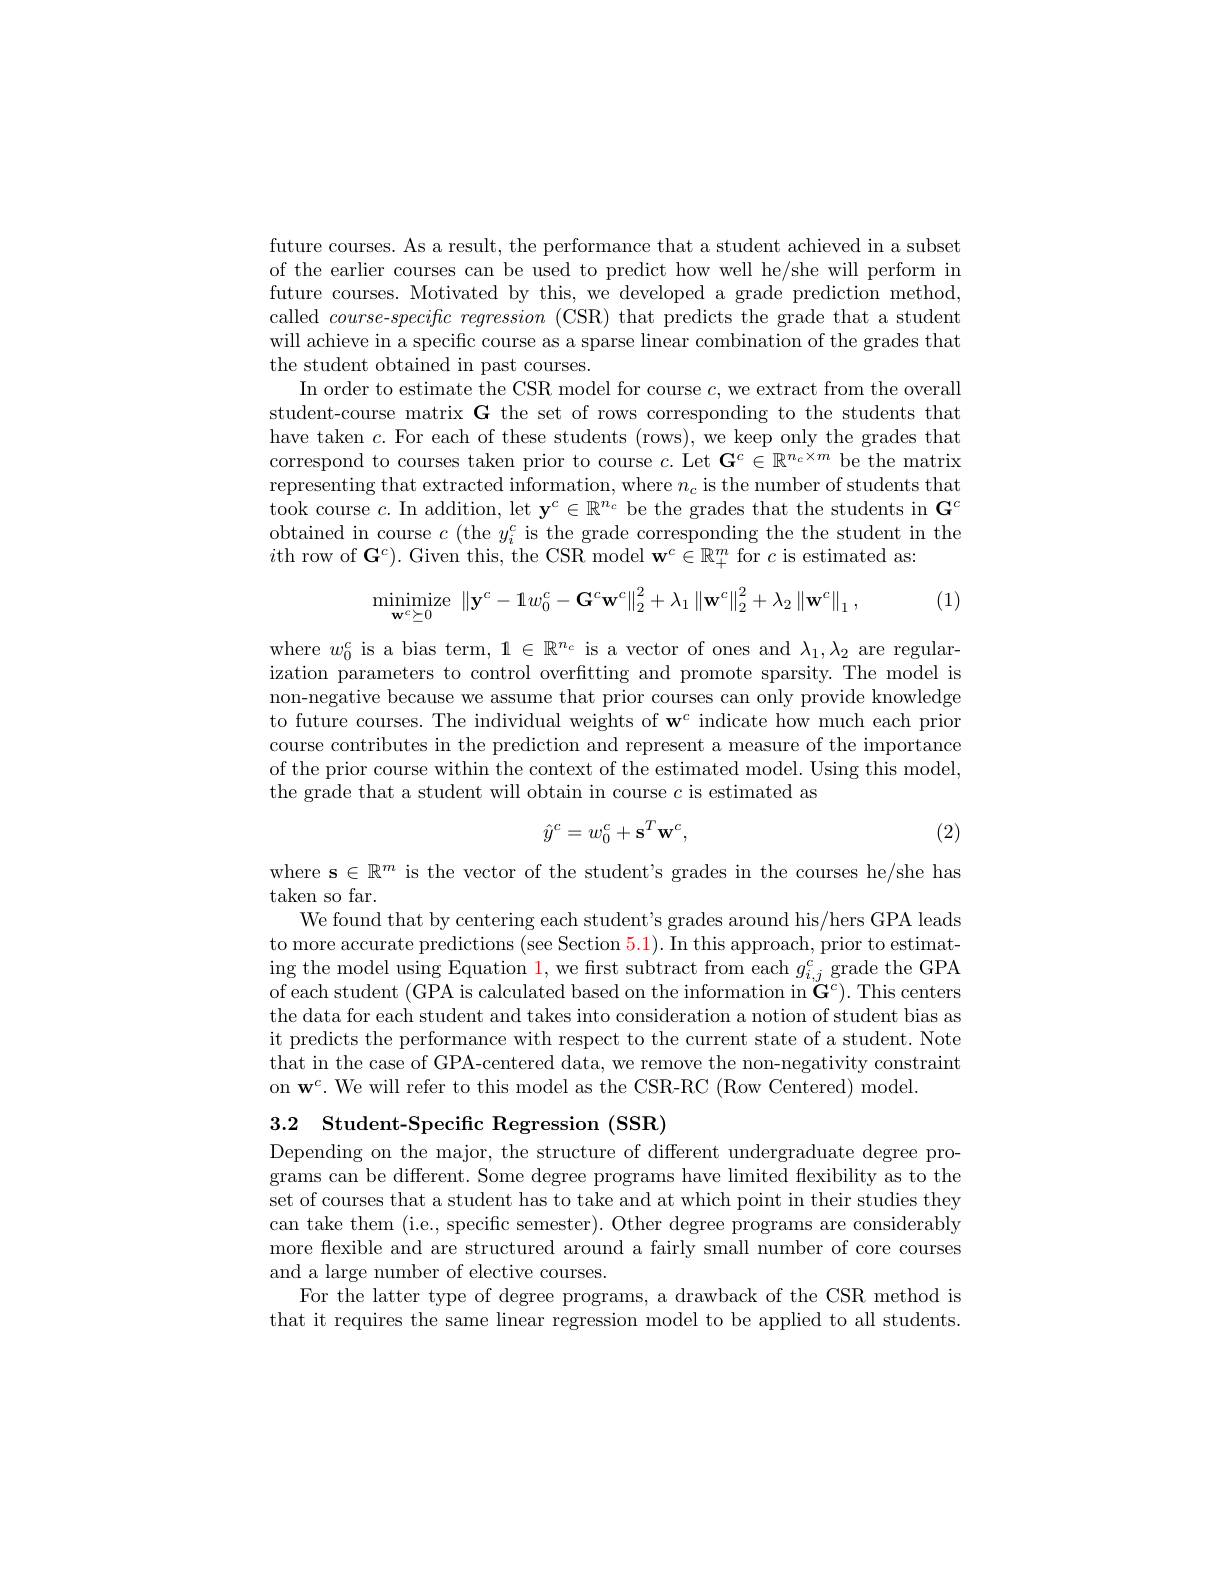
future courses. As a result, the performance that a student achieved in a subset of the earlier courses can be used to predict how well he/she will perform in future courses. Motivated by this, we developed a grade prediction method, called course--$specific\textit{ regression ( CSR) that predicts the grade that a student}$ will achieve in a specific course as a sparse linear combination of the grades that the student obtained in past courses.
In order to estimate the CSR model for course $c$,we extract from the overall student-course matrix G the set of rows corresponding to the students that have taken $c.$ For each of these students (rows), we keep only the grades that correspond to courses taken prior to course $c.$ Let $\mathbf{G}^c\in\mathbb{R}^{n_c\times m}$ be the matrix representing that extracted information, where $n_c$ is the number of students that took course $c.$ In addition, let $\mathbf{y}^{c}\in\mathbb{R}^{n_{c}}$ be the grades that the students in G$^{c}$ obtained in course $c$ ( the $y_{i}^{c}$ is the grade corresponding the the student in the $i$th row of $\mathbf{G}^{c}).$ Given this, the CSR model $\mathbf{w}^{c}\in\mathbb{R}_{+}^{m}$ for $c$ is estimated as:
$$\mathrm{minimize}\:\left\|\mathbf{y}^{c}-\mathbb{1}w_{0}^{c}-\mathbf{G}^{c}\mathbf{w}^{c}\right\|_{2}^{2}+\lambda_{1}\left\|\mathbf{w}^{c}\right\|_{2}^{2}+\lambda_{2}\left\|\mathbf{w}^{c}\right\|_{1},$$
(1)

where $w_0^{c}$ is a bias term, $1\in\mathbb{R}^{n_{c}}$ is a vector of ones and $\lambda_1,\lambda_2$ are regularization parameters to control overfitting and promote sparsity. The model is non-negative because we assume that prior courses can only provide knowledge to future courses. The individual weights of w$^c$ indicate how much each prior course contributes in the prediction and represent a measure of the importance of the prior course within the context of the estimated model. Using this model, the grade that a student will obtain in course $c$ is estimated as
$$\hat{y}^c=w_0^c+\mathbf{s}^T\mathbf{w}^c,$$
(2)

where s$\in\mathbb{R}^m$ is the vector of the student's grades in the courses he/she has

taken so far.
We found that by centering each student's grades around his/hers GPA leads to more accurate predictions (see Section 5.1). In this approach, prior to estimat- $\operatorname{ing}$ the model using Equation 1,we first subtract from each $g_i,j^c$ grade the GPA of each student (GPA is calculated based on the information in $\tilde{\mathbf{G}}^c).$ This centers the data for each student and takes into consideration a notion of student bias as it predicts the performance with respect to the current state of a student. Note that in the case of GPA-centered data, we remove the non-negativity constraint on w$^c.$ We will refer to this model as the CSR-RC (Row Centered) model

3.2 Student-Specific Regression (SSR)

Depending on the major, the structure of different undergraduate degree programs can be different. Some degree programs have limited flexibility as to the set of courses that a student has to take and at which point in their studies they can take them (i.e., specific semester). Other degree programs are considerably more flexible and are structured around a fairly small number of core courses and a large number of elective courses.
For the latter type of degree programs, a drawback of the CSR method is that it requires the same linear regression model to be applied to all students.